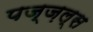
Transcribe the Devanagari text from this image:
पज्ज़ल्स